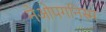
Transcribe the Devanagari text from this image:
नेओपगनिस्म